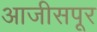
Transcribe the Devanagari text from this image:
आजीसपूर